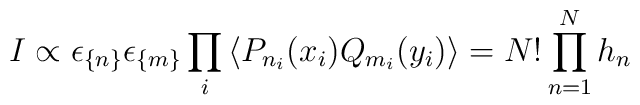
I \propto \epsilon_{\{n\}} \epsilon_{\{m\}}\prod_{i} \left\langle P_{n_i}(x_i)Q_{m_i}(y_i) \right\rangle = N! \prod_{n=1}^N h_n